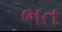
ભત